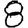
Digit: 8